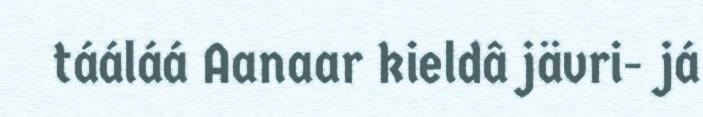
tááláá Aanaar kieldâ jävri- já